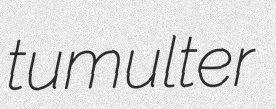
tumulter